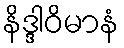
နိဒ္ဒါဝိမာနံ